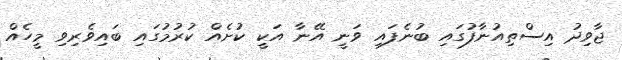
ޖާވިދު އިސްތިއުނާފުގައި ބުނެފައި ވަނީ އޭނާ އަކީ ކުށެއް ކުރުމުގައި ބައިވެރިވި މީހެއް